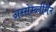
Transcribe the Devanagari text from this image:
अस्सेम्ब्लीमैन